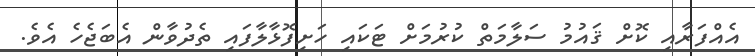
އެއްފަރާއި ކޮށް ޤައުމު ސަލާމަތް ކުރުމަށް ޓަކައި ހަށިފޮޅާލާފައި ތެދުވާން އެބަޖެހެ އެވެ.